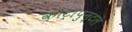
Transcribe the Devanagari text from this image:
कोंट्रापुन्टल